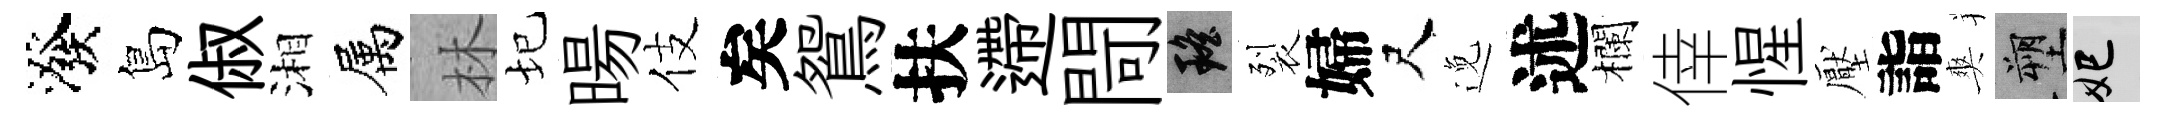
潑島俶湘属林圮暘伎矣鴛扶遰閜瑶裂婦尺𨓜述欄倖惺壓詣爽塑妃